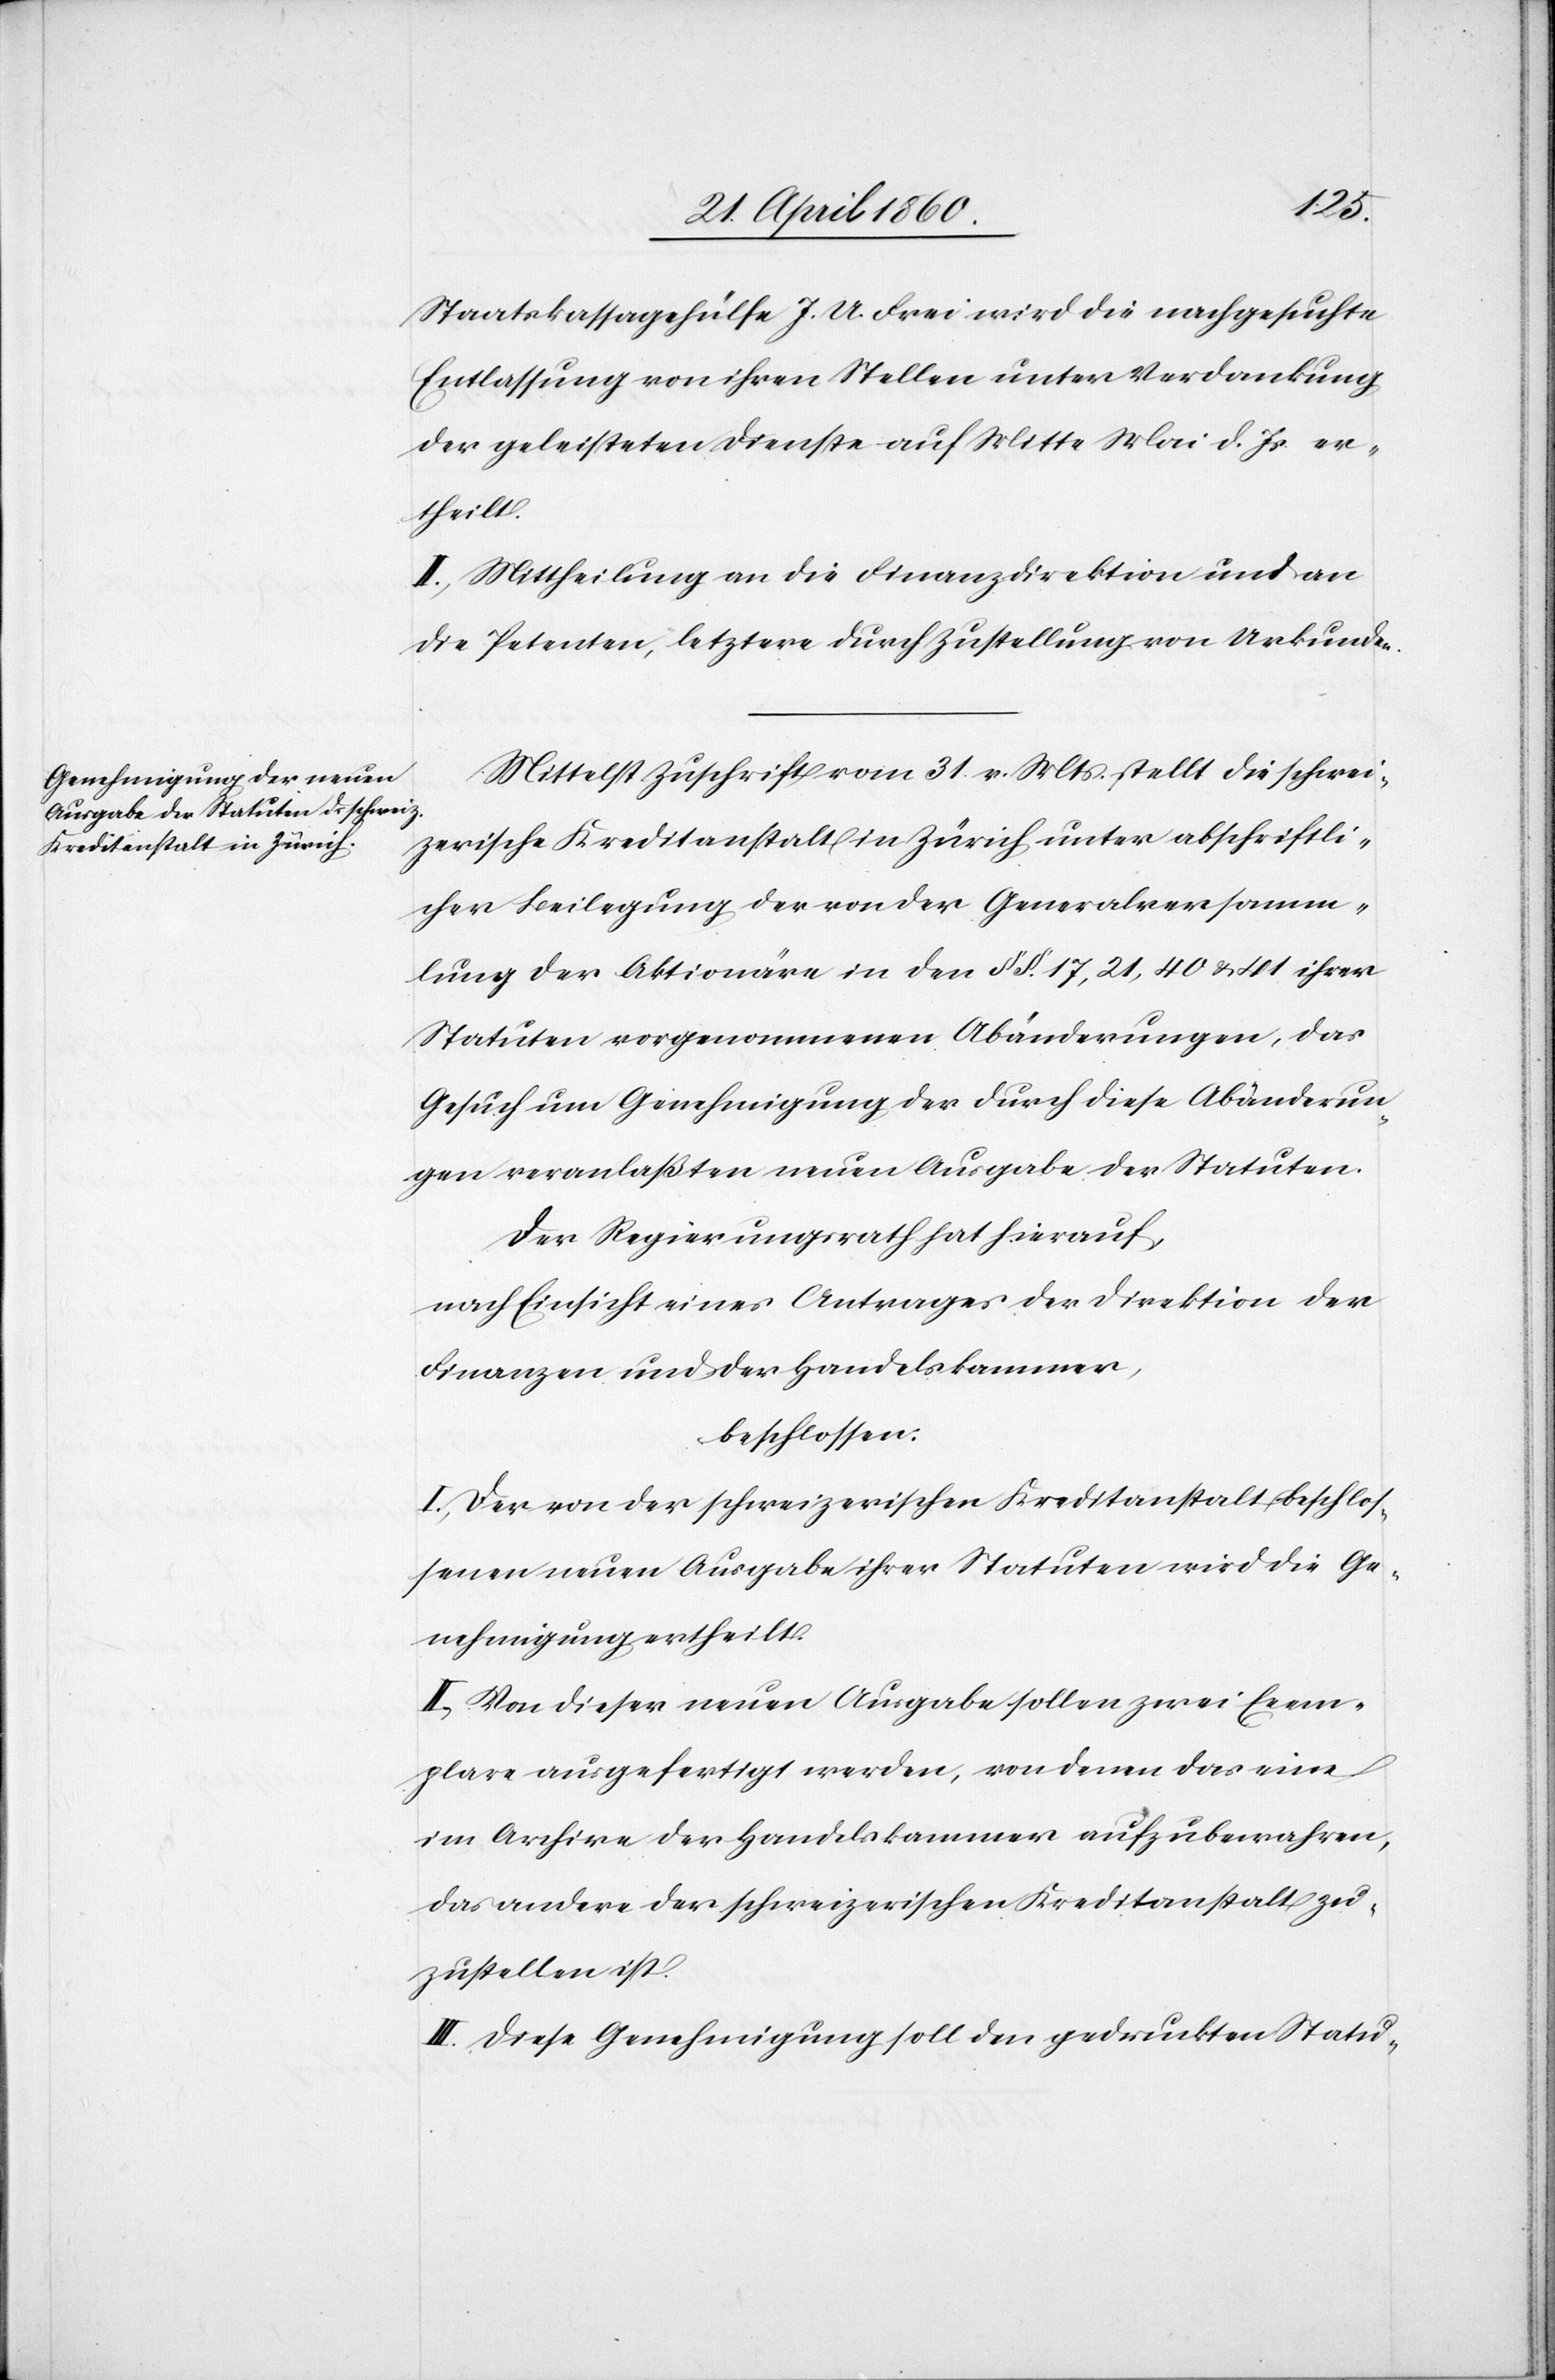
Staatskassagehülfe J. A. Frei wird die nachgesuchte
Entlassung von ihren Stellen unter Verdankung
der geleisteten Dienste auf Mitte Mai d. Js. er¬
theilt.
II. Mittheilung an die Finanzdirektion und an
die Petenten, letztere durch Zustellung von Urkunde.
Mittelst Zuschrift vom 31. v. Mts. stellt die schwei¬
zerische Kreditanstalt in Zürich unter abschriftli¬
cher Beilegung der von der Generalversamm¬
lung der Aktionäre in den §§. 17, 21, 40 u. 41 ihrer
Statuten vorgenommenen Abänderungen, das
Gesuch um Genehmigung der durch diese Abänderun¬
gen veranlaßten neuen Ausgabe der Statuten.
Der Regierungsrath hat hierauf,
nach Einsicht eines Antrages der Direktion der
Finanzen und der Handelskammer,
beschlossen:
I. Der von der schweizerischen Kreditanstalt beschlos¬
senen neuen Ausgabe ihrer Statuten wird die Ge¬
nehmigung ertheilt.
II. Von dieser neuen Ausgabe sollen zwei Ecem¬
plare ausgefertigt werden, von denen das eine
im Archive der Handelskammer aufzubewahren,
das andere der schweizerischen Kreditanstalt zu¬
zustellen ist.
III. Diese Genehmigung soll den gedruckten Statu-